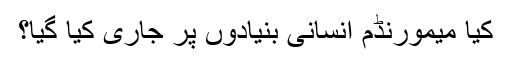
کیا میمورنڈم انسانی بنیادوں پر جاری کیا گیا؟